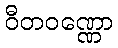
ဝီတဝဏ္ဏော